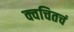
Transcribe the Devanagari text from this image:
क्वचितचं